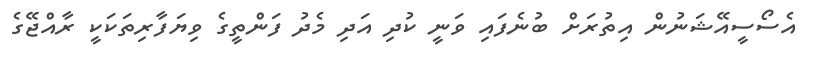
އެސޯސީއޭޝަނުން އިތުރަށް ބުނެފައި ވަނީ ކުދި އަދި މެދު ފަންތީގެ ވިޔަފާރިތަކަކީ ރާއްޖޭގެ